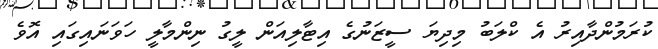
ކުރަމުންދާއިރު އެ ކްލަބު މިދިޔަ ސީޒަނުގެ އިޓާލިއަން ލީގު ނިންމާލީ ހަވަނައިގައި އޮވެ